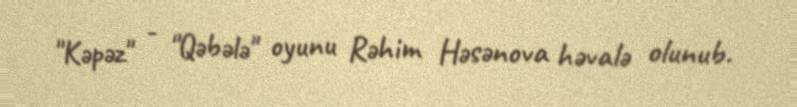
"Kəpəz" - "Qəbələ" oyunu Rəhim Həsənova həvalə olunub.